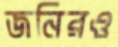
জনিরও